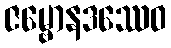
ဇမ္ဗောနဒဿေဝ